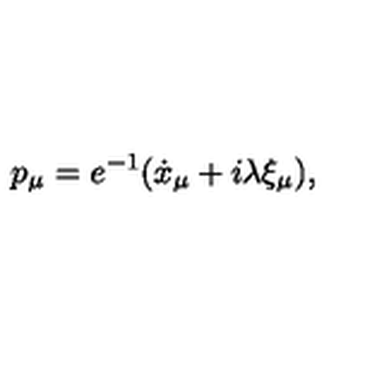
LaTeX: p _ { \mu } = e ^ { - 1 } ( \dot { x } _ { \mu } + i \lambda \xi _ { \mu } ) ,